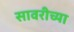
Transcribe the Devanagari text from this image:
सावरीच्या